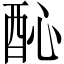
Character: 𨠉